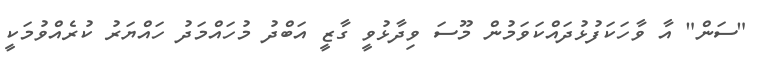
"ސަން" އާ ވާހަކަފުޅުދައްކަވަމުން މޫސަ ވިދާޅުވީ ގާޒީ އަބްދު މުހައްމަދު ހައްޔަރު ކުރެއްވުމަކީ